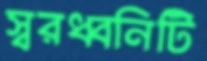
স্বরধ্বনিটি